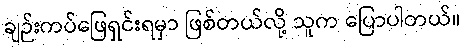
ချဉ်းကပ်ဖြေရှင်းရမှာ ဖြစ်တယ်လို့ သူက ပြောပါတယ်။